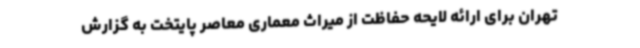
تهران برای ارائه لایحه حفاظت از میراث معماری معاصر پایتخت به گزارش